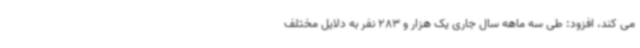
می کند، افزود: طی سه ماهه سال جاری یک هزار و 283 نفر به دلایل مختلف